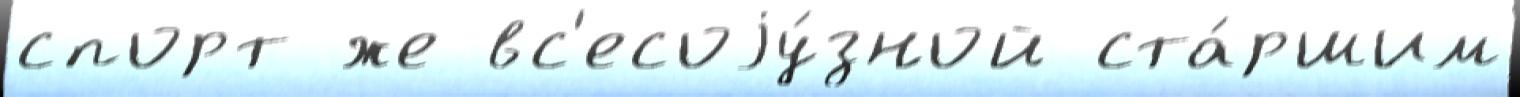
спорт же вс'есоjу́зной ста́ршим